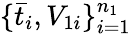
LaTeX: \{ \bar{t}_{i},V_{1i}\} _{i=1}^{n_{1}}